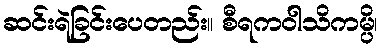
ဆင်းရဲခြင်းပေတည်း။ စီရကဝါသိကမ္ပိ၊